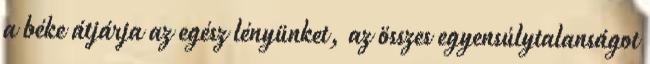
a béke átjárja az egész lényünket, az összes egyensúlytalanságot